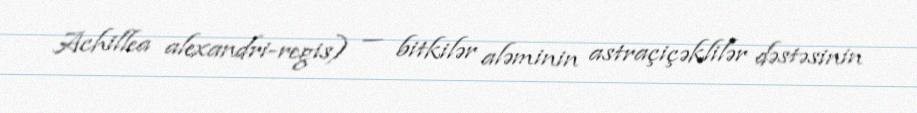
Achillea alexandri-regis) — bitkilər aləminin astraçiçəklilər dəstəsinin